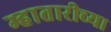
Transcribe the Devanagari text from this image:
म्हातारीच्या